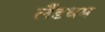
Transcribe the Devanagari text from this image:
लैंडधम